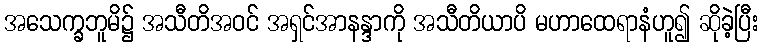
အသေက္ခဘူမိ၌ အသီတိအဝင် အရှင်အာနန္ဒာကို အသီတိယာပိ မဟာထေရာနံဟူ၍ ဆိုခဲ့ပြီး